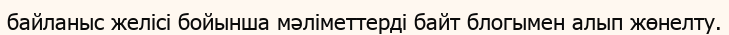
байланыс желісі бойынша мәліметтерді байт блогымен алып жөнелту.